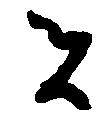
者